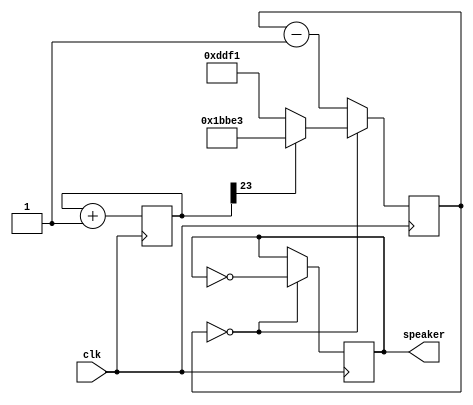
module music(clk, speaker);
input clk;
output speaker;
parameter clkdivider = 100000000/440/2;

reg [23:0] tone;
always @(posedge clk) tone <= tone+1;

reg [16:0] counter;
always @(posedge clk) if(counter==0) counter <= (tone[23] ? clkdivider-1 : clkdivider/2-1); else counter <= counter-1;

reg speaker;
always @(posedge clk) if(counter==0) speaker <= ~speaker;
endmodule